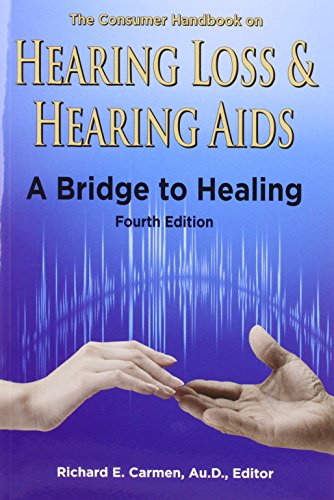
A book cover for The Consumer Handbook on Hearing Loss and Hearing Aids: A Bridge to Healing; Health, Fitness & Dieting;